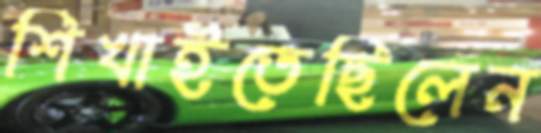
শিখাইতেছিলেন